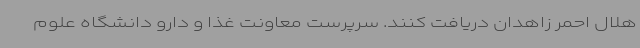
هلال احمر زاهدان دریافت کنند. سرپرست معاونت غذا و دارو دانشگاه علوم